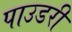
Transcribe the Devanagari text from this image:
पाउडरी